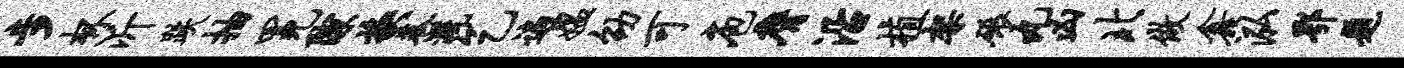
步杯沂跌抽冕隙换巷溉乞遍媪劭可庖膺沿植架碾丸凶北做鑫泓鄂题